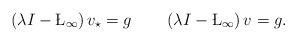
\begin{align*} \left(\lambda I-\L_{\infty}\right)v_{\star}=g\quad\quad\left(\lambda I-\L_{\infty}\right)v=g. \end{align*}